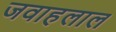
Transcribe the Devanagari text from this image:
जवाहलाल